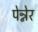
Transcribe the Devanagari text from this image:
पेन्नेर